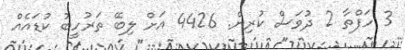
3 ހަފްތާ 2 ދުވަސް ކުރިން. 4426 އަށް ލިބޭ ތަރުހީބު ކުޑައެއް